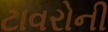
ટાવરોની